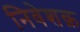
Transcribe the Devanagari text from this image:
निवेशक़